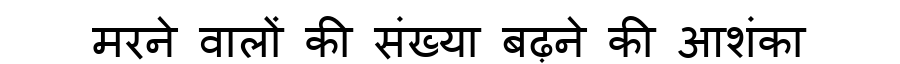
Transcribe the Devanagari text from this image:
मरने वालों की संख्या बढ़ने की आशंका